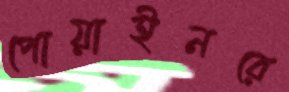
পোয়াইনরে